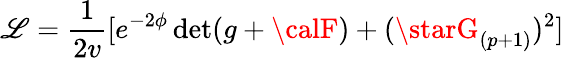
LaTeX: \mathscr{L}={\frac{{1}}{{2v}}}[e^{-2\phi}\operatorname*{det}(g+{\calF})+(\starG_{(p+1)})^{2}]